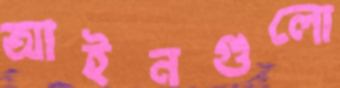
আইনগুলো